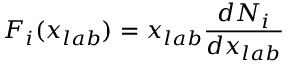
F _ { i } ( x _ { l a b } ) = x _ { l a b } \frac { d N _ { i } } { d x _ { l a b } }